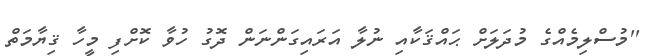
''މުސްލިމެއްގެ މުދަލަށް ޙައްޤަކާއި ނުލާ އަރައިގަންނަން ދޮގު ހުވާ ކޮށްފި މީހާ ޤިޔާމަތް